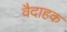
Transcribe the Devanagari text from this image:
वैदाहक